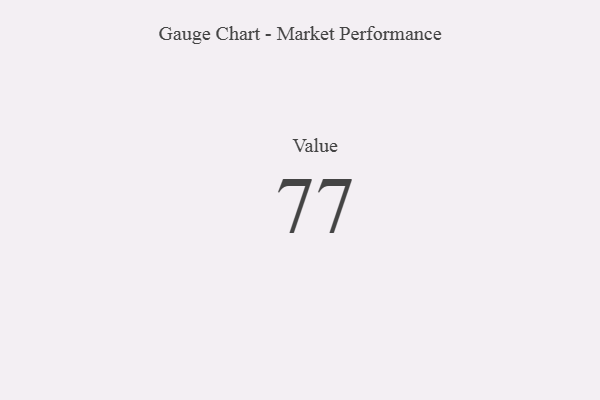
{"axis": {"x": "Metric", "y": "Value"}, "legend": [""], "data": [{"x": "Value", "y": 77, "type": ""}]}